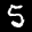
Label: 5